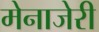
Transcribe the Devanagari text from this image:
मेनाजेरी